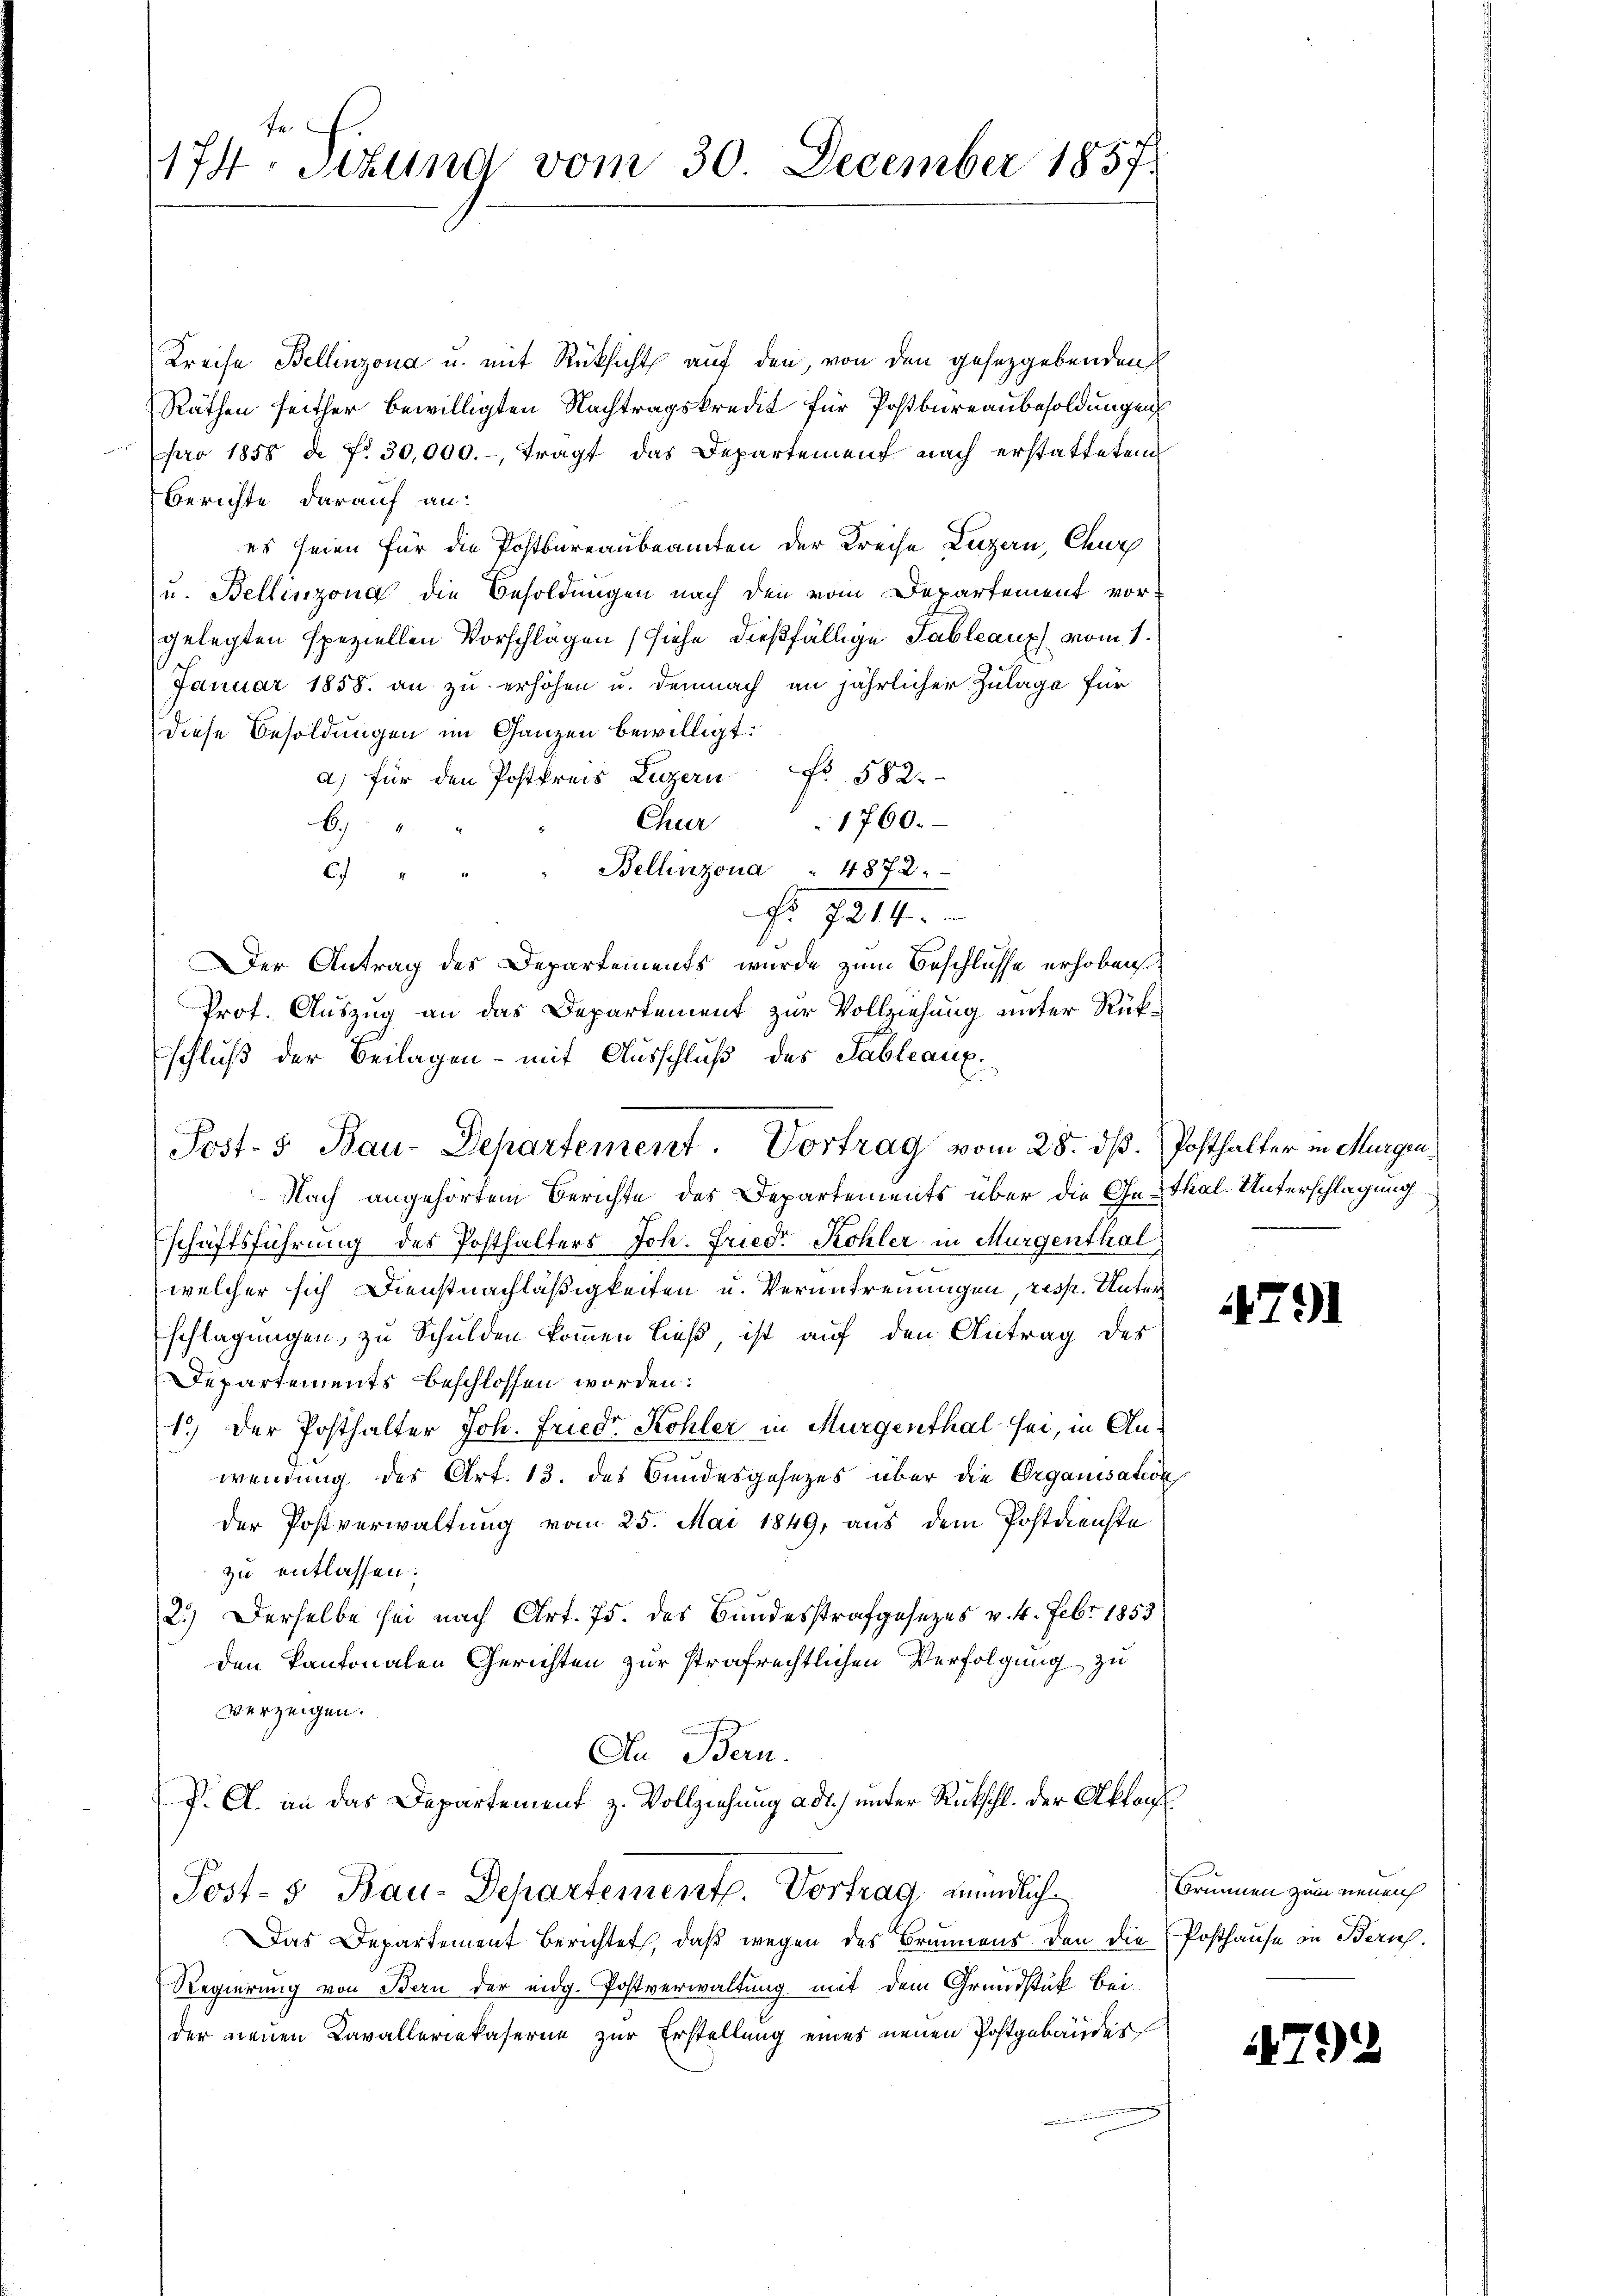
fe.
174. Sitzung vom 30. December 1857.

Kreise Bellinzona u. mit Rücksicht auf den, von den gesetzgebenden
Räthen seither bewilligten Nachtragskredit für Postbureaubesoldungen
pro 1858 d. No 30,000.- tragt das Departement nach erstatteten
Berichte darauf an:
es seien für die Postbureaubeamten der Kreise Luzern, Chur
u. Bellinzona die Besoldungen nach den vom Departement vor-
gelegten speziellen Vorschlägen (siehe dießfällige Tableaux vom 1.
Januar 1858. an zu erhöhen u. demnach an jährlicher Zulage für
diese Besoldungen im Ganzen bewilligt:
a) für den Postkreis Luzern Fr. 582.
1760.
Chur
6
Bellinzona . 4872.
c
No 7214.
Der Antrag des Departements, wurde zum Beschlüsse erhoben
Prot. Auszug an das Departement zur Vollziehung unter Rükschluß der Beilagen – mit Ausschluß des Tableaux
Nach angehörtem Berichte des Departements über die Ge-Thal-Unterschlagung
Eschäftsführung des Posthalters Joh. Friedr Kohler in Murgenthal,
welcher sich Dienstnachläßigkeiten u. Verantrennungen, resp. Unterschlagungen, zu Schulden kommen ließ, ist auf den Antrag des
Departements beschlossen worden:
1.) Der Posthalter Joh. Friedr. Kohler in Murgenthal sei, in Anwendung des Art. 13. des Bundesgesezes über die Organisation
der Postverwaltung vom 25. Mai 1849, aus dem Postdienste
zu entlassen.
2.) Derselbe sei nach Art. 75. des Bundesstrafgesezes v. 4. Febr. 1853
den Kantonalen Gerichten zur strafrechtlichen Verfolgung zu
verzeigen.
In Bern.
P. Cl. an das Departement z. Vollziehung adt) unter Rückschl. der Aktens
Post- 5 Bau-Departement. Vortrag mündlich
Das Departement Berichtet, daß wegen des Brunnens den die Posthause in Zürich.
Regierung von Bern der eidg. Postverwaltung mit dem Grundstük bei
der neuen Cavalleriekaserne zur Erstellung eines neuen Postgebäudes

Post- & Bau-Departement. Vortrag vom 28. dß. Posthalter in Murgen

791

Brunnen zum neuen

79)